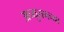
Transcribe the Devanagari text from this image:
अच्युतनच्या